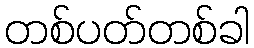
တစ်ပတ်တစ်ခါ